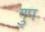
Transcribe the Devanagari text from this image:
गु्प